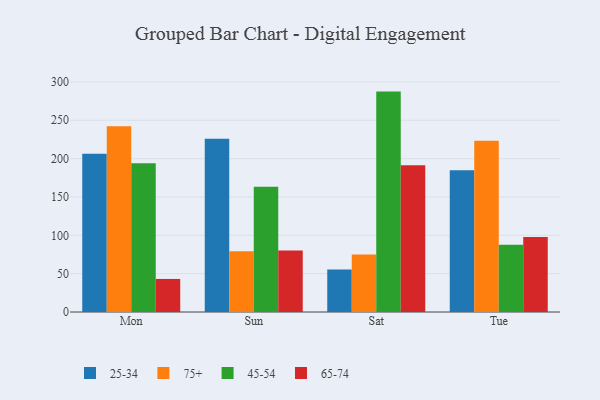
{"axis": {"x": "Day", "y": "Energy Usage (MWh)"}, "legend": ["25-34", "45-54", "65-74", "75+"], "data": [{"x": "Mon", "y": 206.3, "type": "25-34"}, {"x": "Mon", "y": 242.2, "type": "75+"}, {"x": "Mon", "y": 194.1, "type": "45-54"}, {"x": "Mon", "y": 43.1, "type": "65-74"}, {"x": "Sun", "y": 225.8, "type": "25-34"}, {"x": "Sun", "y": 79.3, "type": "75+"}, {"x": "Sun", "y": 163.3, "type": "45-54"}, {"x": "Sun", "y": 80.3, "type": "65-74"}, {"x": "Sat", "y": 55.4, "type": "25-34"}, {"x": "Sat", "y": 74.9, "type": "75+"}, {"x": "Sat", "y": 287.4, "type": "45-54"}, {"x": "Sat", "y": 191.3, "type": "65-74"}, {"x": "Tue", "y": 184.9, "type": "25-34"}, {"x": "Tue", "y": 223.4, "type": "75+"}, {"x": "Tue", "y": 87.6, "type": "45-54"}, {"x": "Tue", "y": 97.8, "type": "65-74"}]}